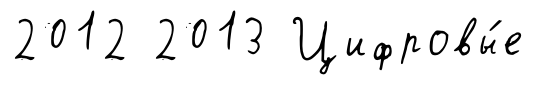
2012 2013 Цифровы́е